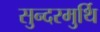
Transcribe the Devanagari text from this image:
सुन्दरमुर्थि